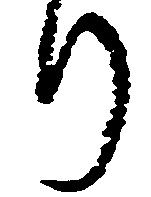
り